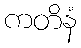
ကတိနံ